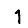
Digit: 1